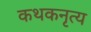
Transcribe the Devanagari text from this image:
कथकनृत्य